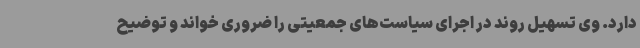
دارد. وی تسهیل روند در اجرای سیاست‌های جمعیتی را ضروری خواند و توضیح